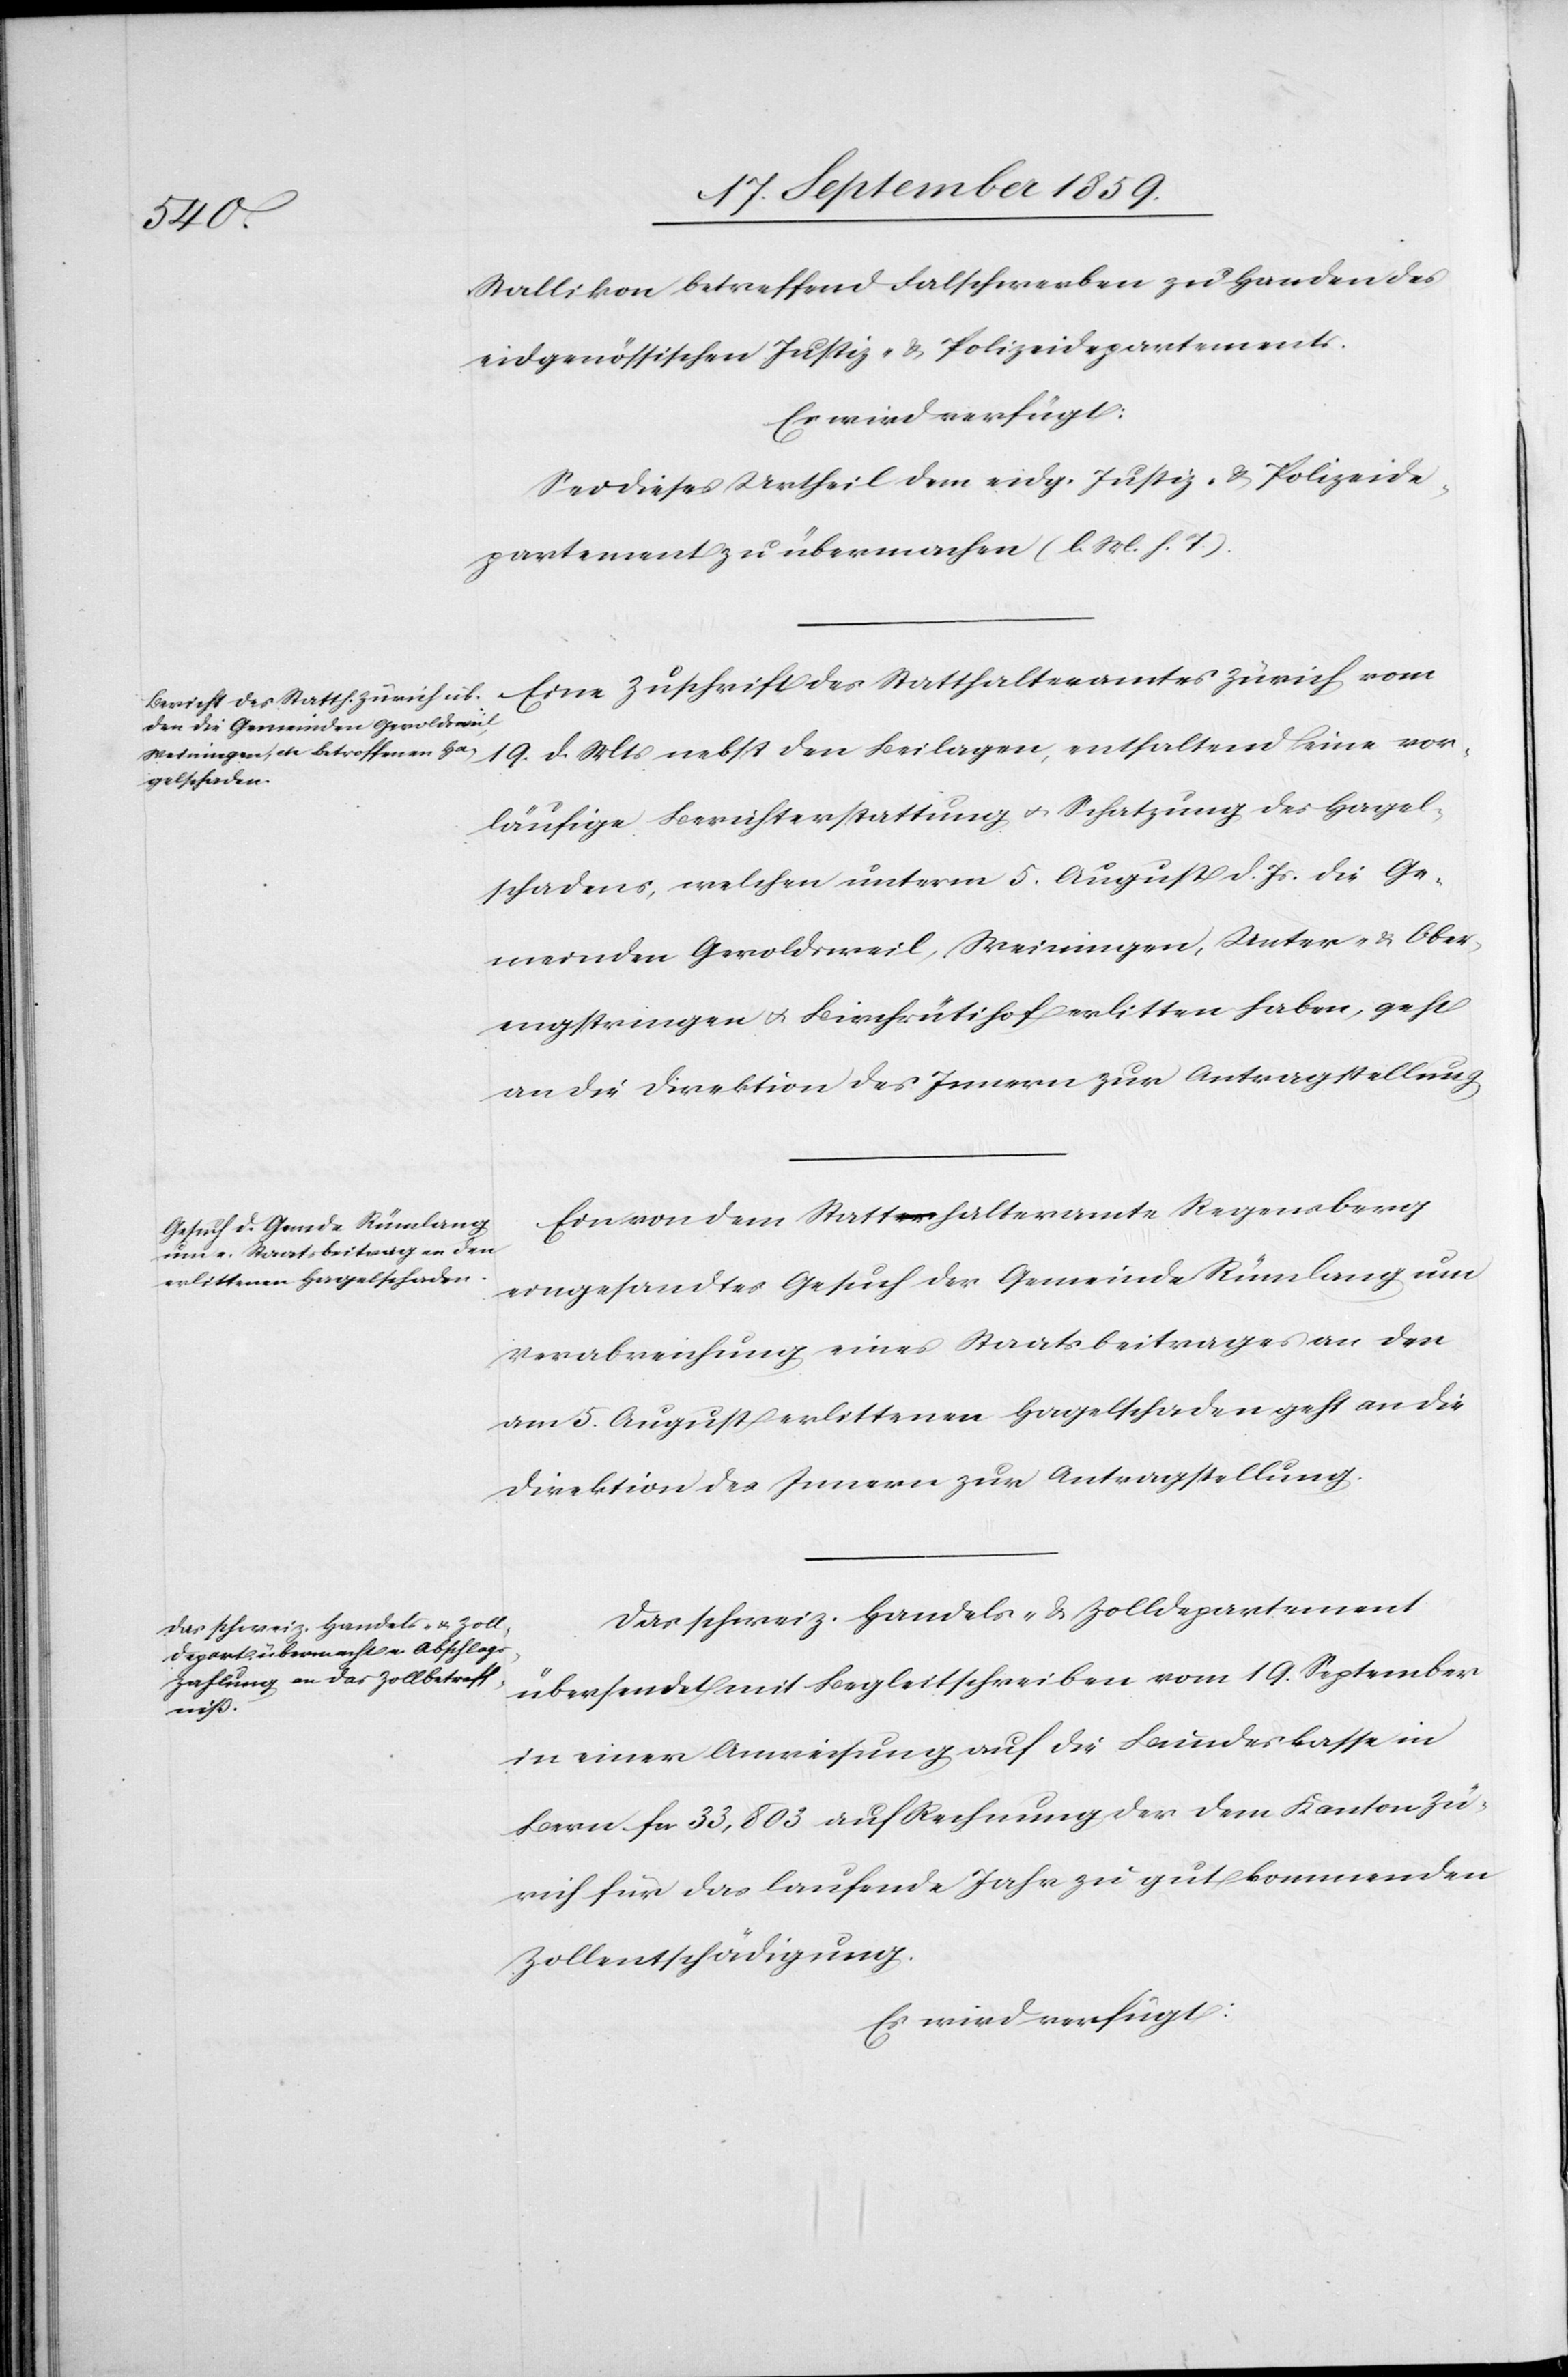
21. September 1859]
Stallikon betreffend Falschwerben zu Handen des
eidgenössischen Justiz- & Polizeidepartements.
Es wird verfügt:
Sei dieses Urtheil dem eidg. Justiz- & Polizeide¬
partement zu übermachen (l. M. h. T.).
Eine Zuschrift des Statthalteramtes Zürich vom
19. d. Mts. nebst den Beilagen, enthaltend eine vor¬
läufige Berichterstattung & Schatzung des Hagel¬
schadens, welchen unterm 5. August d. Js. die Ge¬
meinden Geroldschweil, Weiningen, Unter- & Ober¬
engstringen & Birchrütihof erlitten haben, geht
an die Direktion des Innern zur Antragstellung.
Ein von dem Statthalteramte Regensberg
eingesandtes Gesuch der Gemeinde Rümlang um
Verabreichung eines Staatsbeitrages an den
am 5. August erlittenen Hagelschaden geht an die
Direktion des Innern zur Antragstellung.
Das schweiz. Handels- & Zolldepartement
übersendet mit Begleitschreiben vom 19. September
in einer Anweisung auf die Bundeskasse in
Bern fcs. 33,803 auf Rechnung der dem Kanton Zü¬
rich für das laufende Jahr zu gut kommenden
Zollentschädigung.
Es wird verfügt: